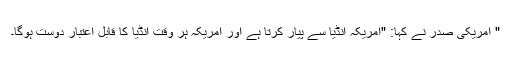
" امریکی صدر نے کہا: "امریکہ انڈیا سے پیار کرتا ہے اور امریکہ ہر وقت انڈیا کا قابل اعتبار دوست ہوگا۔